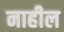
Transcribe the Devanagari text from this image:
नाहील